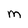
Character: m